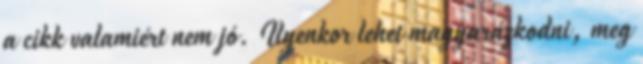
a cikk valamiért nem jó. Ilyenkor lehet magyarázkodni, meg